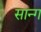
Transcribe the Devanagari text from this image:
सान्ग